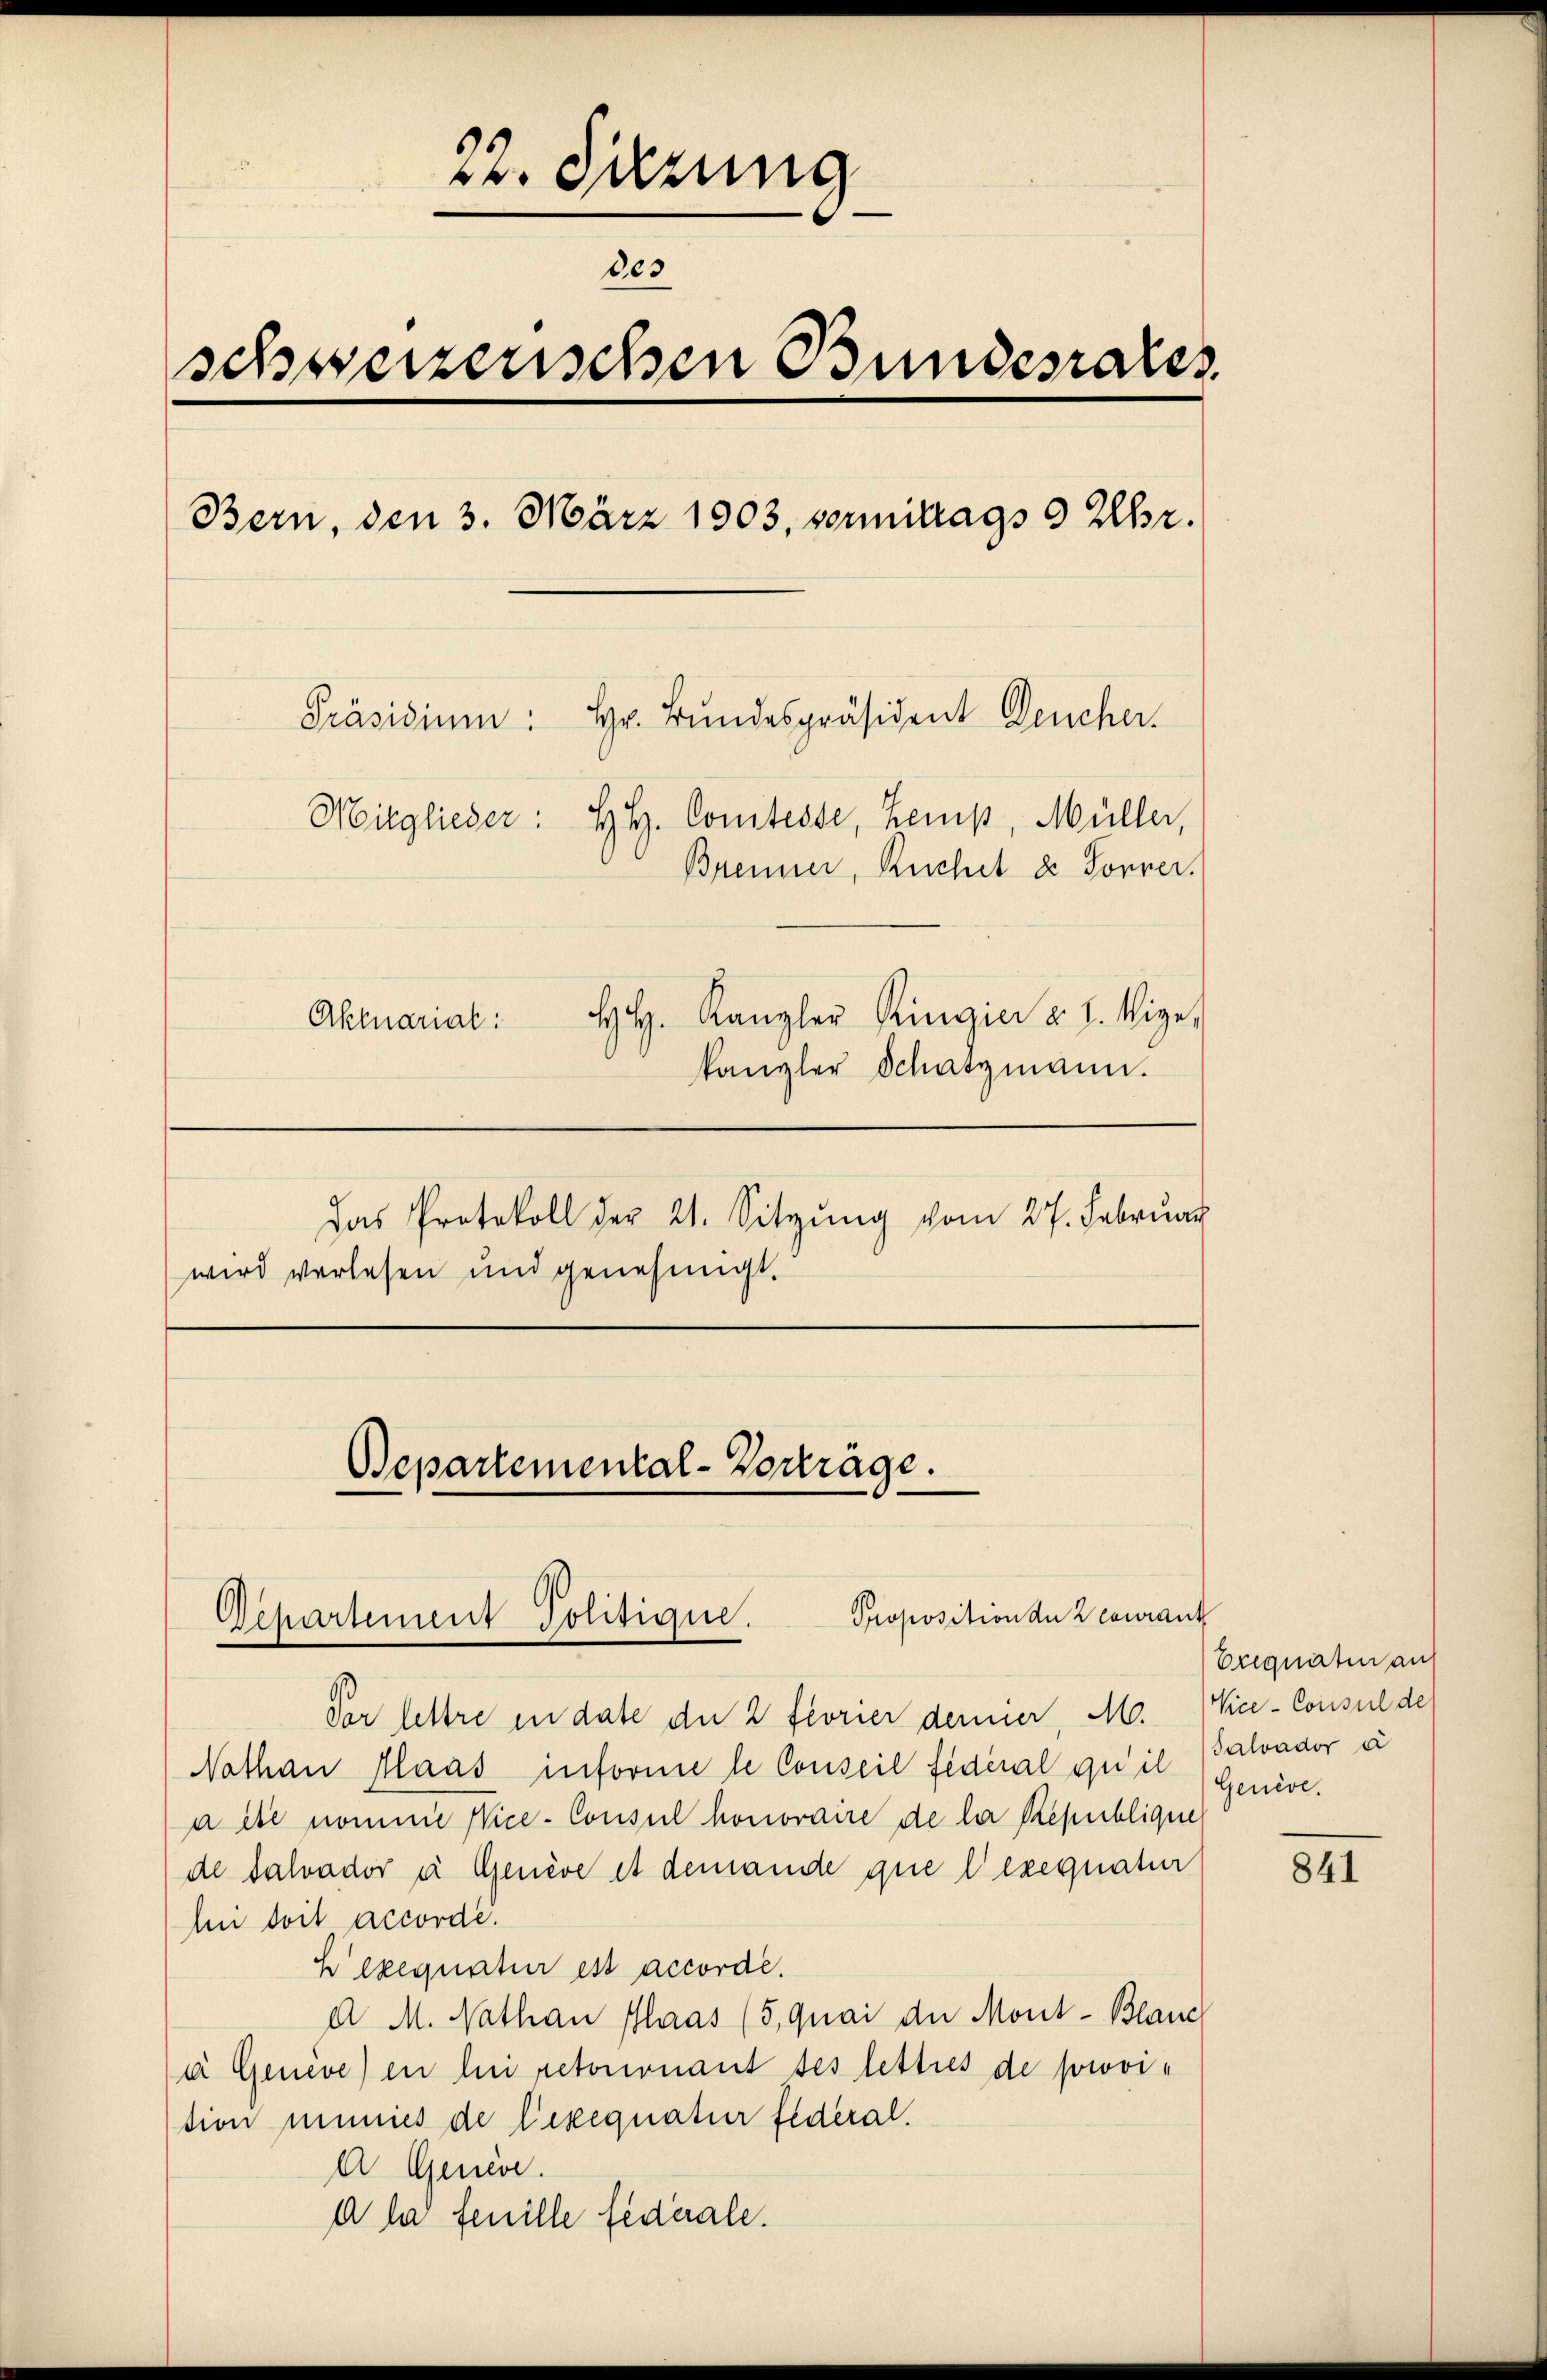
22. Sitzung
803
schweizerischen Bundesrates
Bern, den 3. März 1903, vortrags 9 Uhr.
Hr. Bundespräsident Deucher.
Präsidium:
Mitglieder: H. H. Comtesse, Zemp, Müller,
Brenner, Ruchel & Sorrer.
HH. Kanzler Ringier v. 1. Vize
Aktuarial:
kanzler Schatzmann.
Das Protokoll der 21. Sitzung vom 27. Februar
wird verlesen und genehmigt.

Bepartemental-Vorträge.
Proposition der Recura
Departement Politique.

Ver lettre in date du 2 florier demier, M.
Nathan Plaas informe le Conseil fédéral qu’il Balvador a
aite nomme Vice-Consul honoraire de la République
de Salvador u Genève et demande que lexequatur
hn doit accordi.
hexegnatur est accorde.
d. M. Nathan Plaas (5, quai der Mont - Blanc
a Geneve) in bei retorionant ses lettres de provition inmies de lexequatur federal.
A Genere.
d la feuille federale.

nt
Erequaten auf
Vice-Consul de
Genève.

841